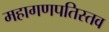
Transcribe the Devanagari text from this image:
महागणपतिस्तव